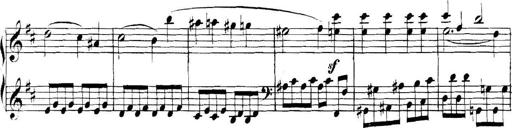
Title: Collected Piano Sonatas
Composer: Muzio Clementi